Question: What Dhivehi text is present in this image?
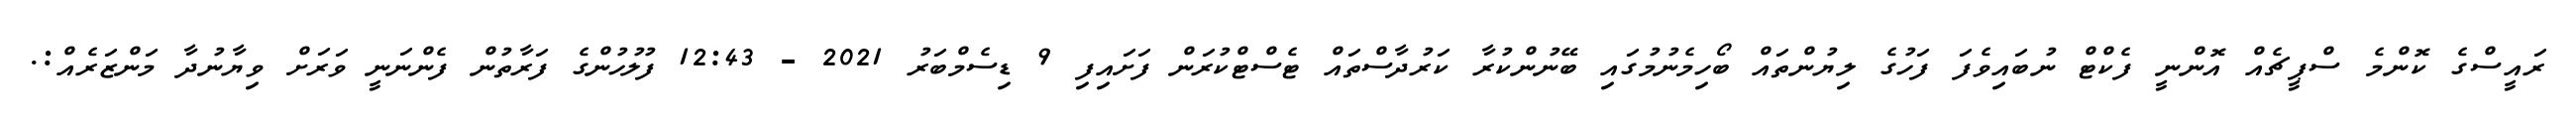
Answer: ރައީސްގެ ކޮންމެ ސްޕީޗެއް އޮންނީ ފެކްޓް ނުބައިވެފަ ފަހުގެ ލިޔުންތައް ބޯހިމެނުމުގައި ބޭނުންކުރާ ކަރުދާސްތައް ޓެސްޓްކުރަން ފަށައިފި 9 ޑިސެމްބަރު 2021 - 12:43 ފުލުހުންގެ ފަރާތުން ފެންނަނީ ވަރަށް ވިޔާނުދާ މަންޒަރެއް:.